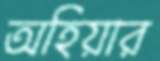
অহিয়ার